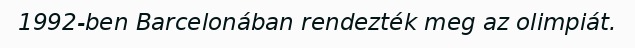
1992-ben Barcelonában rendezték meg az olimpiát.